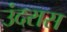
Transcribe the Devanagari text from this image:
उंदरास